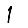
Digit: 1